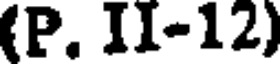
(P. II-12)